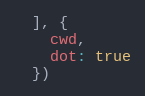
Language: JavaScript
  ], {
    cwd,
    dot: true
  })